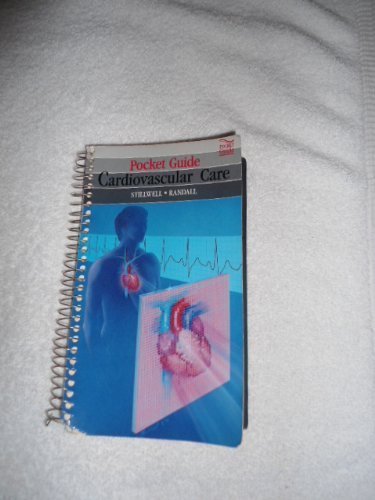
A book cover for Pocket Guide to Cardiovascular Care; Susan B. Stillwell; Medical Books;